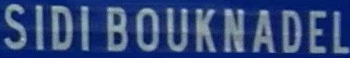
SIDIBOUKNADEL